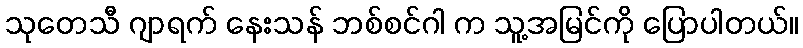
သုတေသီ ဂျာရက် နေးသန် ဘစ်စင်ဂါ က သူ့အမြင်ကို ပြောပါတယ်။